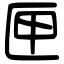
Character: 匣